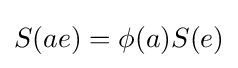
S(ae)=\phi (a)S(e)